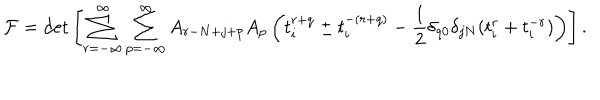
{ \cal F } = \det \left[ \sum _ { r = - { \infty } } ^ { \infty } \sum _ { p = - { \infty } } ^ { \infty } A _ { r - N + j + p } A _ { p } \left( t _ { i } ^ { r + q } \pm t _ { i } ^ { - ( r + q ) } - \frac { 1 } { 2 } \delta _ { q 0 } \delta _ { j N } ( t _ { i } ^ { r } + t _ { i } ^ { - r } ) \right) \right] .